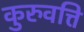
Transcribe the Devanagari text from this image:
कुरुवत्ति